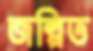
জল্পিত